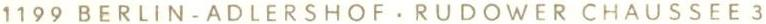
1199 BERLIN-ADLERSHOF . RUDOWER CHAUSSEE 3